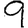
Digit: 9